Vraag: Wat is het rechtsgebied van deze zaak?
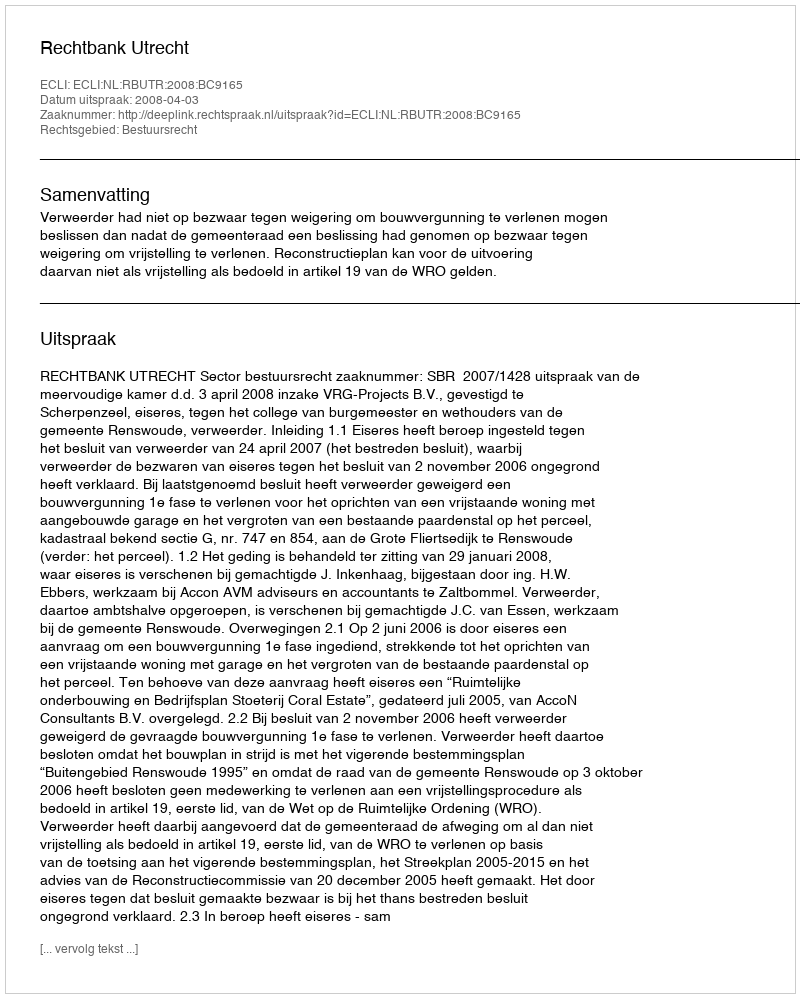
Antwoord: Bestuursrecht